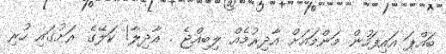
ބައްޕަ އައިފަހުން މަންމައަށް އާދިރުމެއް ލިބިއްޖެ . އާދިލާ! ކަލޭގެ ރަށުގައި ހުރި